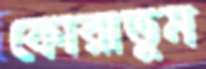
ফোরাতুম